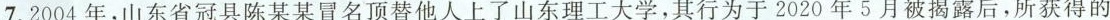
7.2004年，山东省冠县陈某某冒名顶替他人上了山东理工大学，其行为于2020年5月被揭露后，所获得的